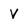
Character: V